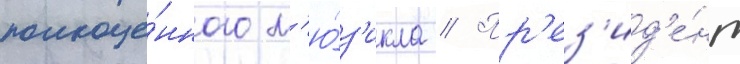
полноце́нного м'ю́з'икла // Пр'ез'ид'е́нт